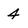
Character: 4